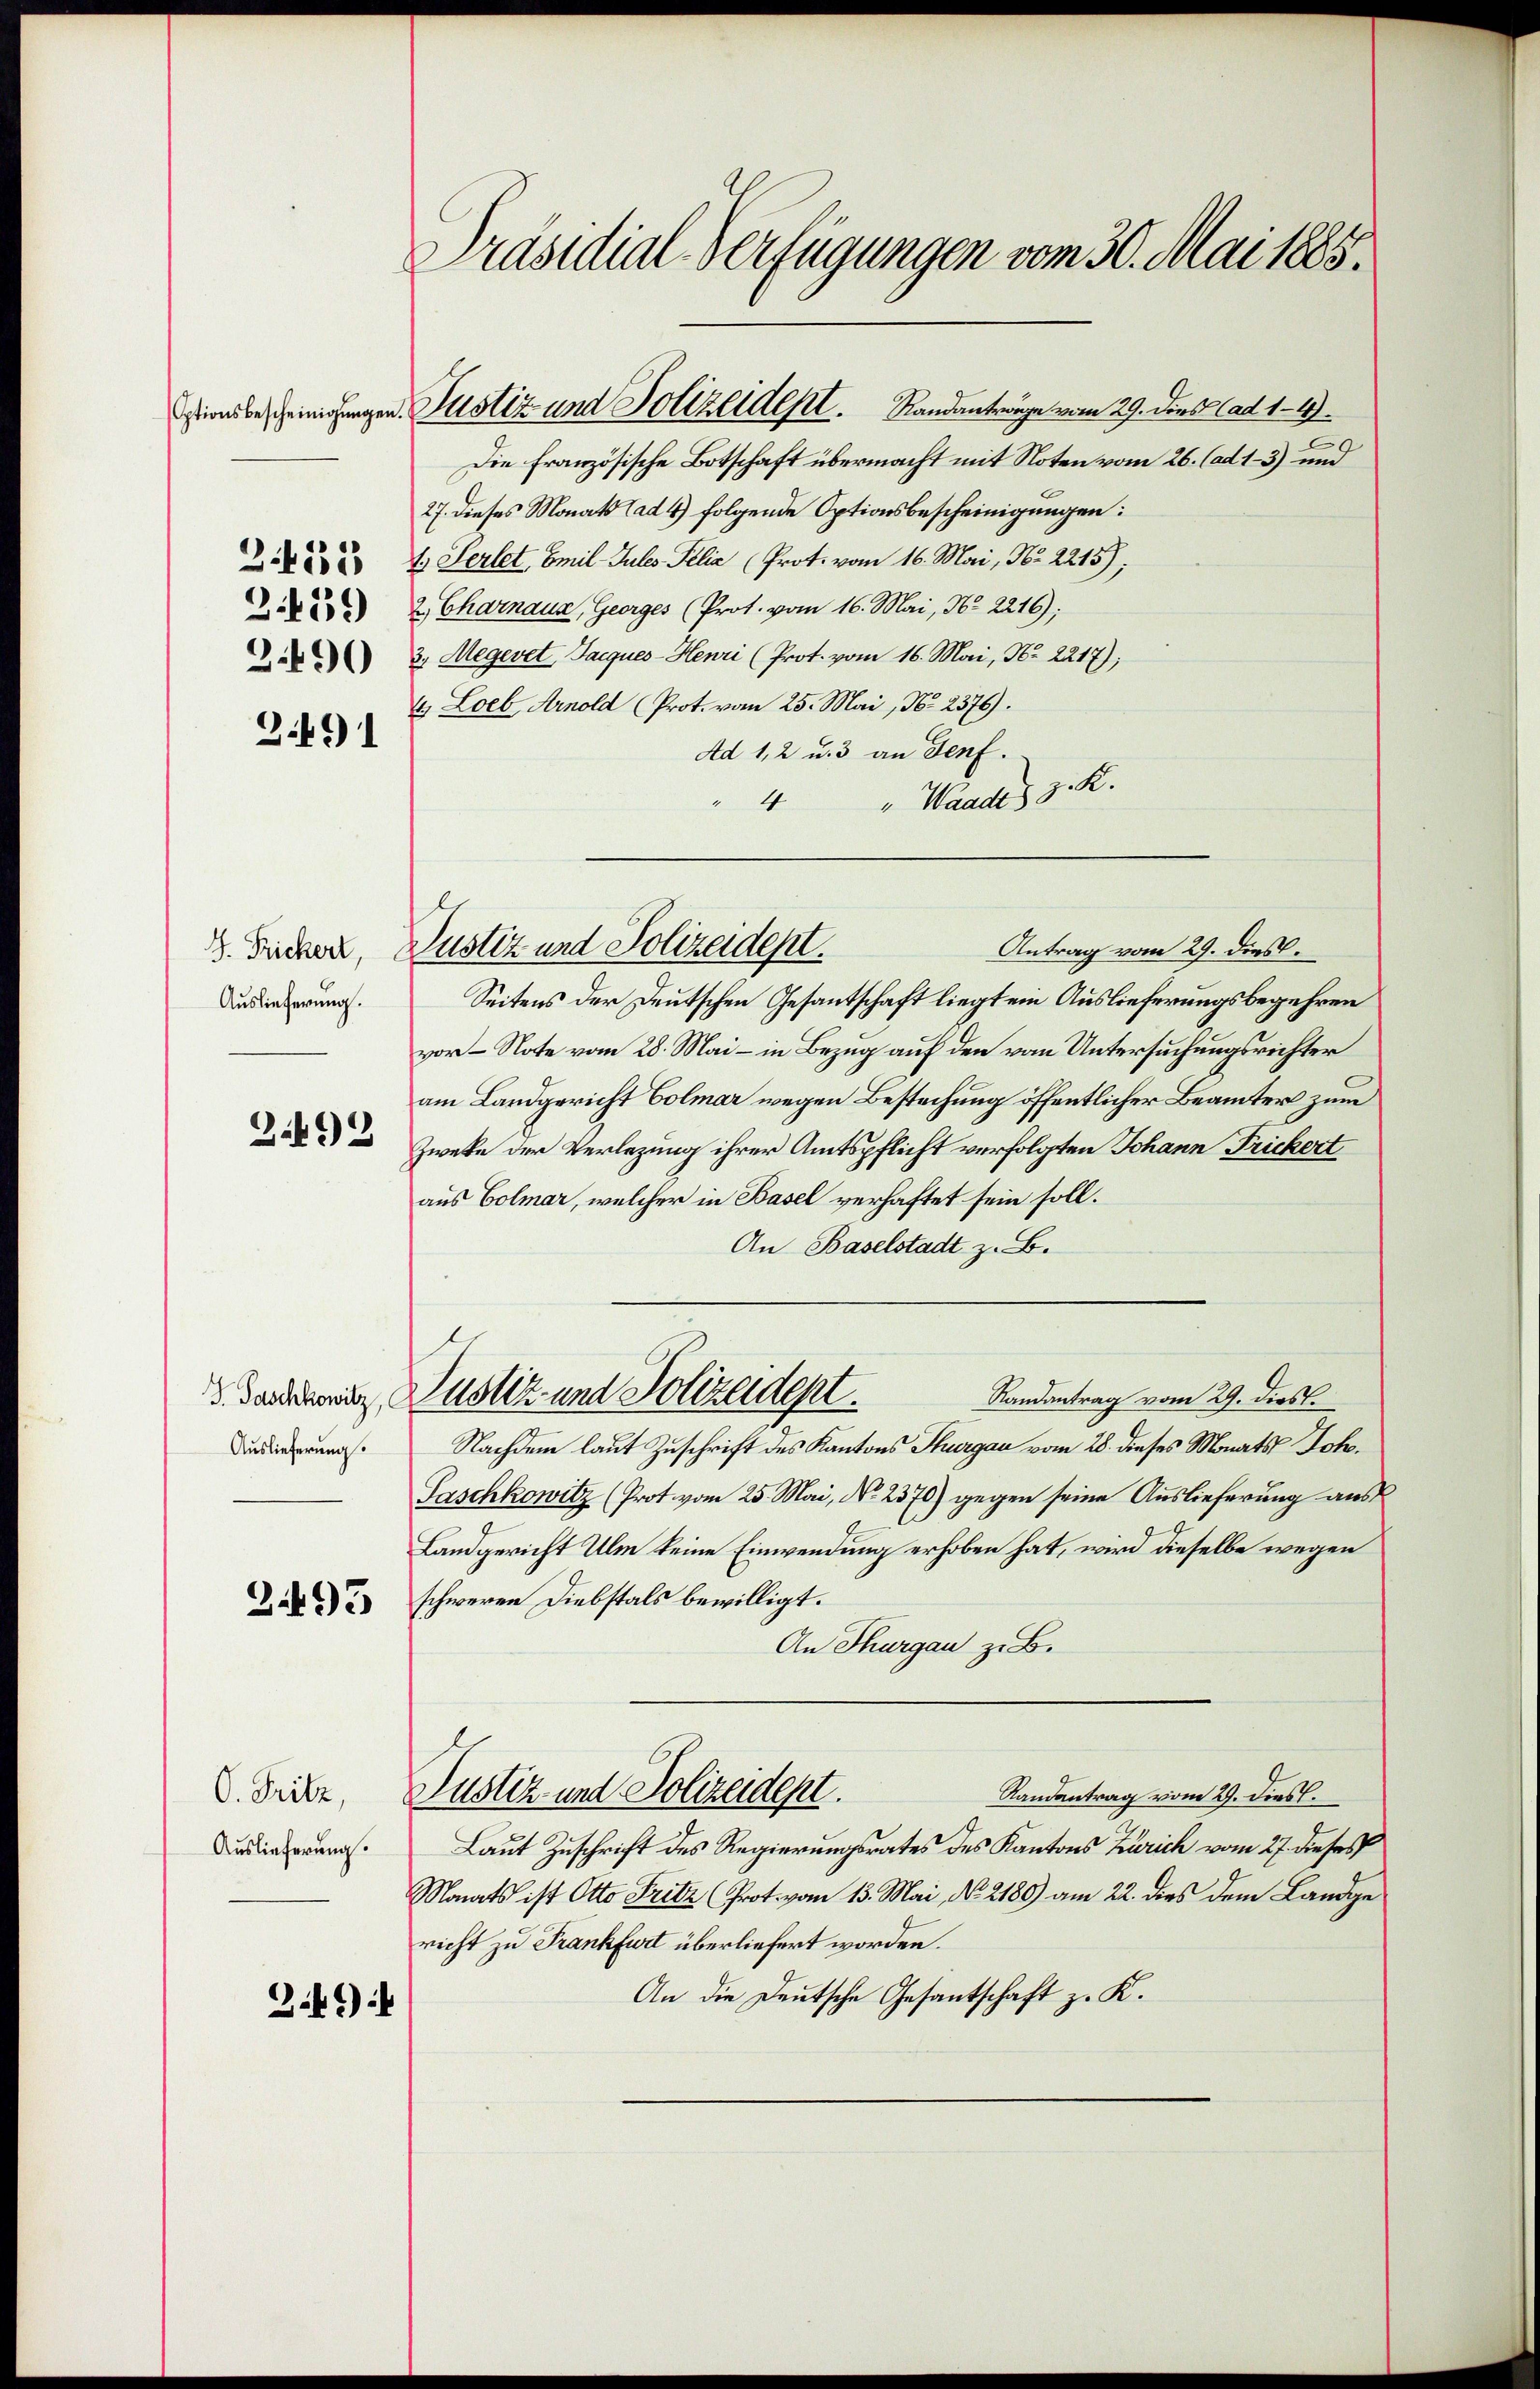
2. 155
2.439
3.490

3491

.492

Auslieferung.

3495

O. Fritz,
Auslieferung.

Auslieferung.

3.49)

Präsidial-Verfügungen vom 30. Mai 1885.

Die Französische Botschaft übermacht mit Noten vom 26. (ad 1-3) und
27. dieses Monats ad 4) folgende Optionsbescheinigungen:
4. Serlet, Emil-Jules Pelia (Prot. vom 16. Mai, Nr. 2215);
2. Charnaus, Georges (Prot. vom 16. Mai, No. 2216):
3, Megevet, Jacques-Henri (Prot. vom 16. Mai, Nr. 2217);
4. Loeb, Arnold (Prot. vom 25. Mai, Nr. 2376).
Ad 1, 2 u. 3 an Genf.
4 " Wandes z. K.
Antrag vom 29. dies
S. Ficker, Justiz und Polizeidept.
Seitens der Deutschen Gesandtschaft liegt ein Auslieferungsbegehren
vor Note vom 28. Mai – in Bezug auf den von Untersuchungsrichter
am Landgericht Colmar wegen Bestechung öffentlicher Beamter zum
Zweke der Verlegung ihrer Amtspflicht verfolgten Johann Frickert
aus Colmar, welcher in Basel verhaftet sein soll.
An Baselstadt z. B.
Randantrag vom 29. dies
 Sandbesitz, Justiz und Polizeident.
Nachdem laut Zuschrift des Kantons Thurgau vom 28. dieses Monats Joh.
Faschkowitz (Prot. vom 25. Mai, No 2370) gegen seine Auslieferung aus
Landgericht Ulm keine Einwendung erhoben hat, wird dieselbe wegen
schweren Diebstals bewilligt.
An Thurgau z. B.
Randantrag vom 29. Dies.
Justiz- und Polizeidept.
Laut Zuschrift des Regierungsrates des Kantons Zürich vom 27. dieses
Monats ist Otto Fritz (Prot. vom 13. Mai, No. 2180) am 22. dies dem Landge
richt zu Frankfurt überliefert worden.
An die Deutsche Gesantschaft z. K.

insbescheinigungen. Justiz und Polizeident. Standanträge vom 29. Dies ad 1. 49.